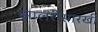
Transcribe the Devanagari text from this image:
झालरीसारखी